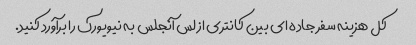
کل هزینه سفر جاده ای بین کانتری از لس آنجلس به نیویورک را برآورد کنید.